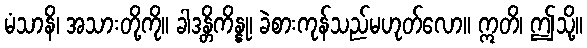
မံသာနိ၊ အသားတို့ကို။ ခါဒန္တိကိန္နု၊ ခဲစားကုန်သည်မဟုတ်လော။ ဣတိ၊ ဤသို့။